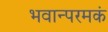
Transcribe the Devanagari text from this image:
भवान्परमकं